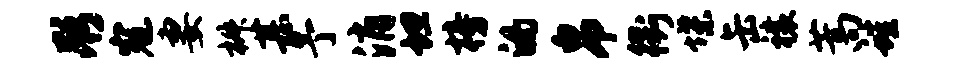
彤寇妻椒甚予消坦榜的帛衢堞缶禳蒿蛙